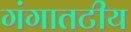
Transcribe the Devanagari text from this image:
गंगातटीय